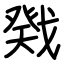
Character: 戣